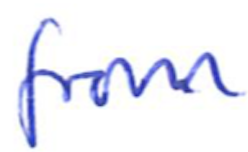
Text: from
Cross-out: clean
Writing tool: ballpoint